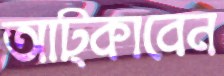
আট্‌কাবেন